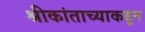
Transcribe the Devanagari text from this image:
श्रीकांताच्याकडून